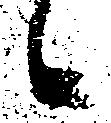
候